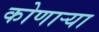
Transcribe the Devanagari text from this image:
कोणार्‍या